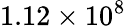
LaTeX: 1.12\times 10^{8}